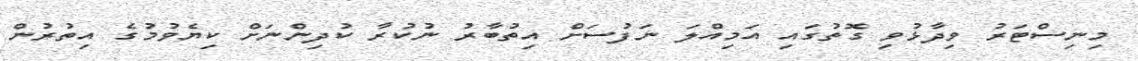
މިނިސްޓަރު ވިދާޅުވި ގޮތުގައި އަމިއްލަ ނަފުސަށް އިތުބާރު ނުކުރާ ކުދިންނަށް ކިޔެވުމުގެ އިތުރުން